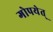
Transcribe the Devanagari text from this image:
गोपयेत्